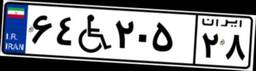
۶۴W۲۰۵۲۸